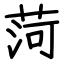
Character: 菏